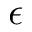
\epsilon